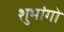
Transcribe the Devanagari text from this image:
शुभांगो